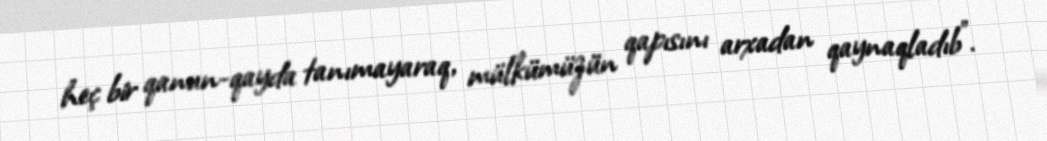
heç bir qanun-qayda tanımayaraq, mülkümüzün qapısını arxadan qaynaqladıb”.